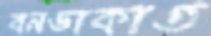
বনডাকাত